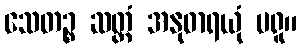
သေတဉ္စ ဆတ္တံ အနုဓာရယုံ မရူ။